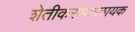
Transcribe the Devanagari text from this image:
शेतीकरण्यालायक